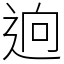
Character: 逈